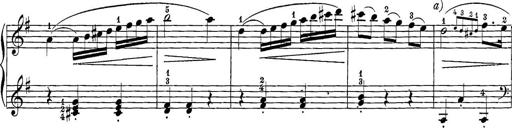
Title: 12 Sonatine per Pianoforte
Composer: Friedrich Kuhlau